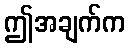
ဤအချက်က